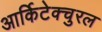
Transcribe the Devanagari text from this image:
आर्किटेक्चुरल